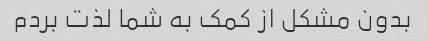
بدون مشکل از کمک به شما لذت بردم